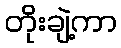
တိုးချဲ့ကာ